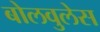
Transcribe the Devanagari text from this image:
बोलवुलेस